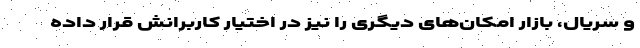
و سریال، بازار امکان‌های دیگری را نیز در اختیار کاربرانش قرار داده